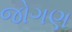
જોગણ